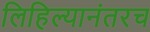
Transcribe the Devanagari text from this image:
लिहिल्यानंतरच